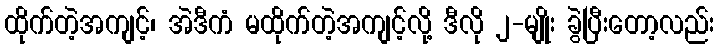
ထိုက်တဲ့အကျင့်၊ အဲဒီကံ မထိုက်တဲ့အကျင့်လို့ ဒီလို ၂-မျိုး ခွဲပြီးတော့လည်း